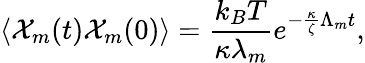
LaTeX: \left<\mathcal{X}_{m}(t)\mathcal{X}_{m}(0)\right>=\frac{k_{B}T}{\kappa\lambda_{m}}e^{-\frac{\kappa}{\zeta}\Lambda_{m}t},